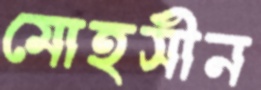
মোহসীন